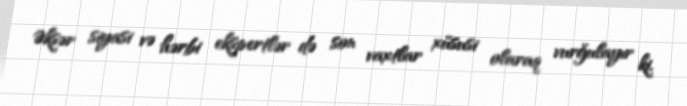
Əksər siyasi və hərbi ekspertlər də son vaxtlar xüsusi olaraq vurğulayır ki,